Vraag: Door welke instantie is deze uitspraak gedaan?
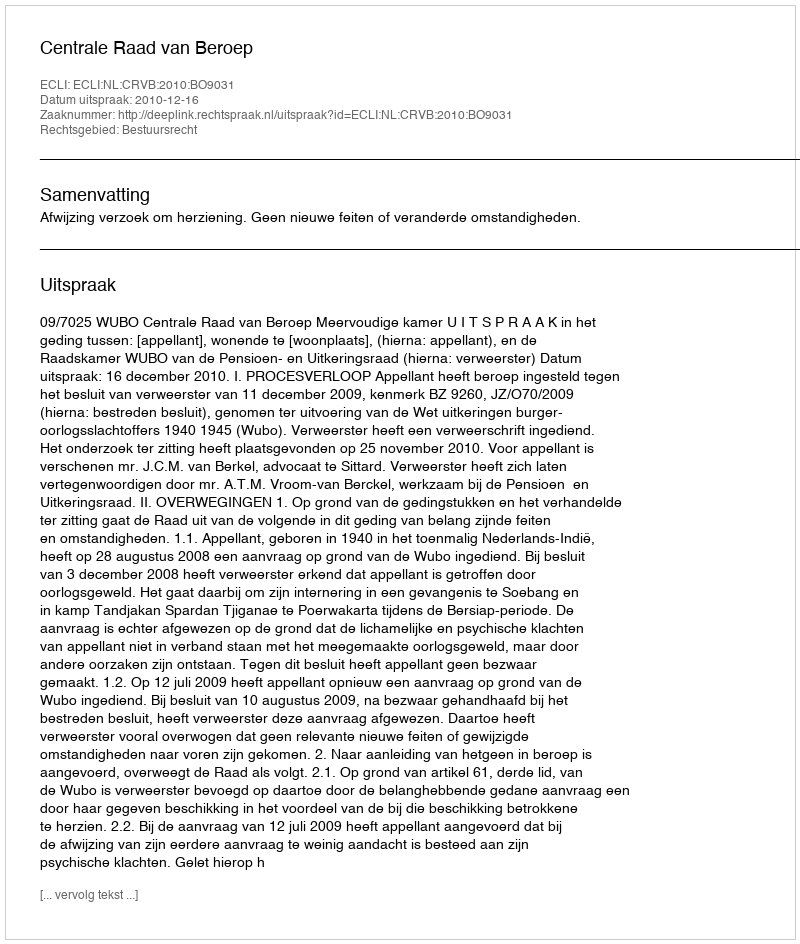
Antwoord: Centrale Raad van Beroep